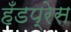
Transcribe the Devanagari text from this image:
हँडप्रेस